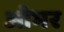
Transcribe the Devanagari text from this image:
ओभर